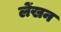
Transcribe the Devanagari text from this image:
लेंखन